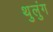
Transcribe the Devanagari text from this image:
थुलुंग